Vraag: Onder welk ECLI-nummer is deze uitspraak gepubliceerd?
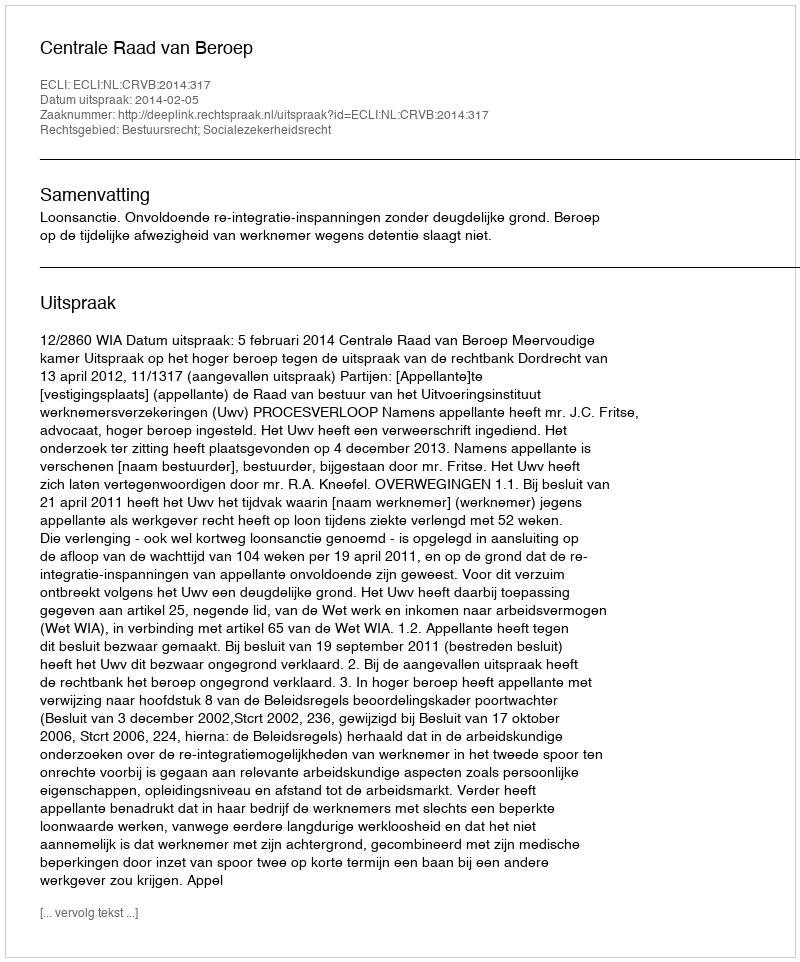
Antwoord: ECLI:NL:CRVB:2014:317